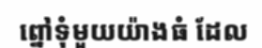
ព្នៅទុំមួយយ៉ាងធំ ដែល